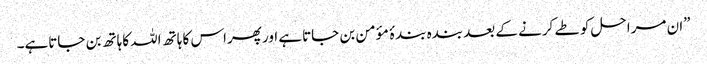
”ان مراحل کو طے کرنے کے بعد بندہ بندۂ مؤمن بن جاتاہے اور پھراس کا ہاتھ اللہ کاہاتھ بن جاتاہے۔